Annual report of the Punjab Veterinary College and of the Civil Veterinary Department, Punjab - 1926-1932
Year: 1926
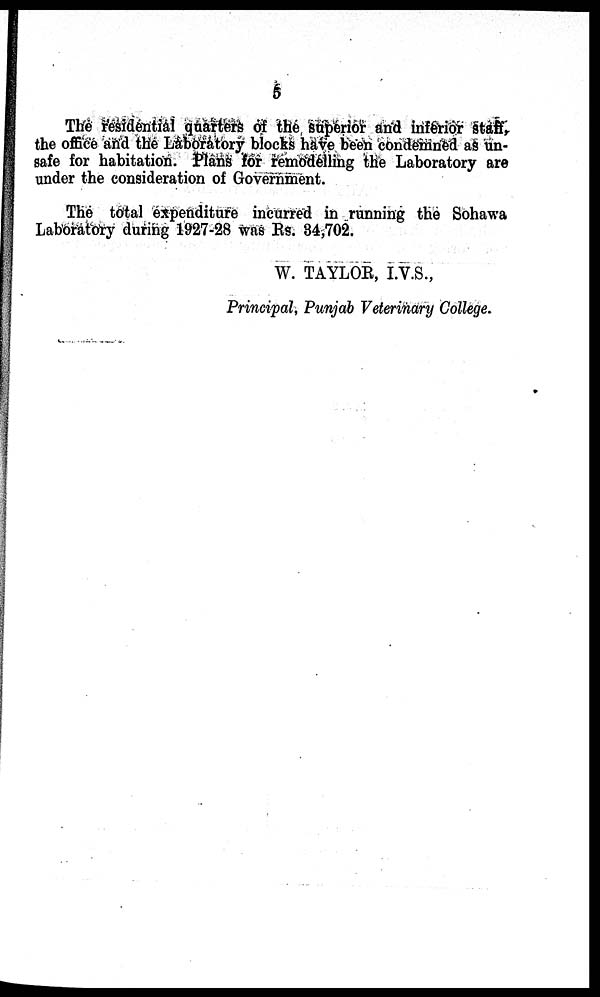
5
The residential quarters of the superior and inferior staff,
the office and the Laboratory blocks have been condemned as un-
safe for habitation. Plans for remodelling the Laboratory are
under the consideration of Government.
The total expenditure incurred in running the Sohawa
Laboratory during 1927-28 was Rs. 34,702.
W. TAYLOR, I.V.S.,
Principal, Punjab Veterinary College.